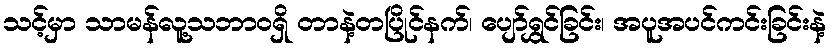
သင့်မှာ သာမန်လူ့သဘာဝရှိ တာနဲ့တပြိုင်နက်၊ ပျော်ရွှင်ခြင်း၊ အပူအပင်ကင်းခြင်းနဲ့